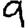
Digit: 9